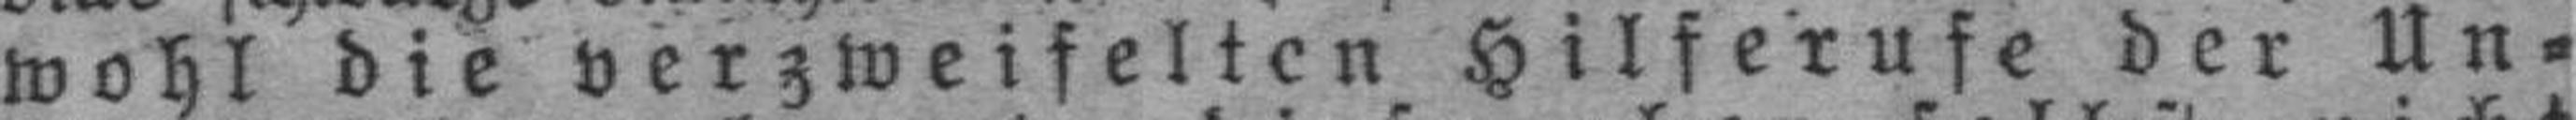
wohl die verzweifelten Hilferufe der Un¬